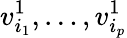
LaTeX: v_{i_{1}}^{1},\ldots,v_{i_{p}}^{1}